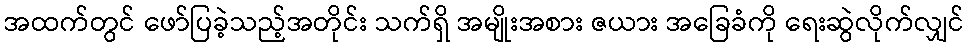
အထက်တွင် ဖော်ပြခဲ့သည့်အတိုင်း သက်ရှိ အမျိုးအစား ဇယား အခြေခံကို ရေးဆွဲလိုက်လျှင်